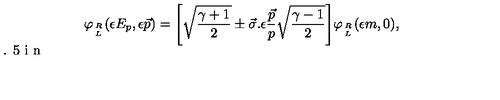
\varphi _ { R \atop L } ( \epsilon E _ { p } , \epsilon \vec { p } ) = \Bigg [ \sqrt { \frac { \gamma + 1 } { 2 } } \pm \vec { \sigma } . \epsilon \frac { \vec { p } } { p } \sqrt { \frac { \gamma - 1 } { 2 } } \Bigg ] \varphi _ { R \atop L } ( \epsilon m , 0 ) , \vspace { 0 . 5 i n }